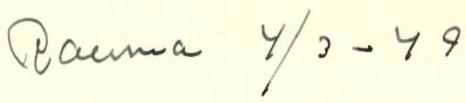
Rauma 4/3 - 49